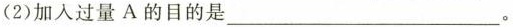
(2)加入过量A的目的是___。